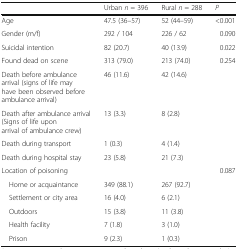
|  | Urban n = 396 | Rural n = 288 | P |
 | --- | --- | --- | --- |
 | Age | 47.5 (36–57) | 52 (44–59) | <0.001 |
 | Gender (m/f) | 292 / 104 | 226 / 62 | 0.090 |
 | Suicidal intention | 82 (20.7) | 40 (13.9) | 0.022 |
 | Found dead on scene | 313 (79.0) | 213 (74.0) | <ROWSPAN=5> 0.254 |
 | Death before ambulance arrival (signs of life may have been observed before ambulance arrival) | 46 (11.6) | 42 (14.6) |
 | Death after ambulance arrival (Signs of life upon arrival of ambulance crew) | 13 (3.3) | 8 (2.8) |
 | Death during transport | 1 (0.3) | 4 (1.4) |
 | Death during hospital stay | 23 (5.8) | 21 (7.3) |
 | <COLSPAN=3> Location of poisoning | <ROWSPAN=6> 0.087 |
 | Home or acquaintance | 349 (88.1) | 267 (92.7) |
 | Settlement or city area | 16 (4.0) | 6 (2.1) |
 | Outdoors | 15 (3.8) | 11 (3.8) |
 | Health facility | 7 (1.8) | 3 (1.0) |
 | Prison | 9 (2.3) | 1 (0.3) |